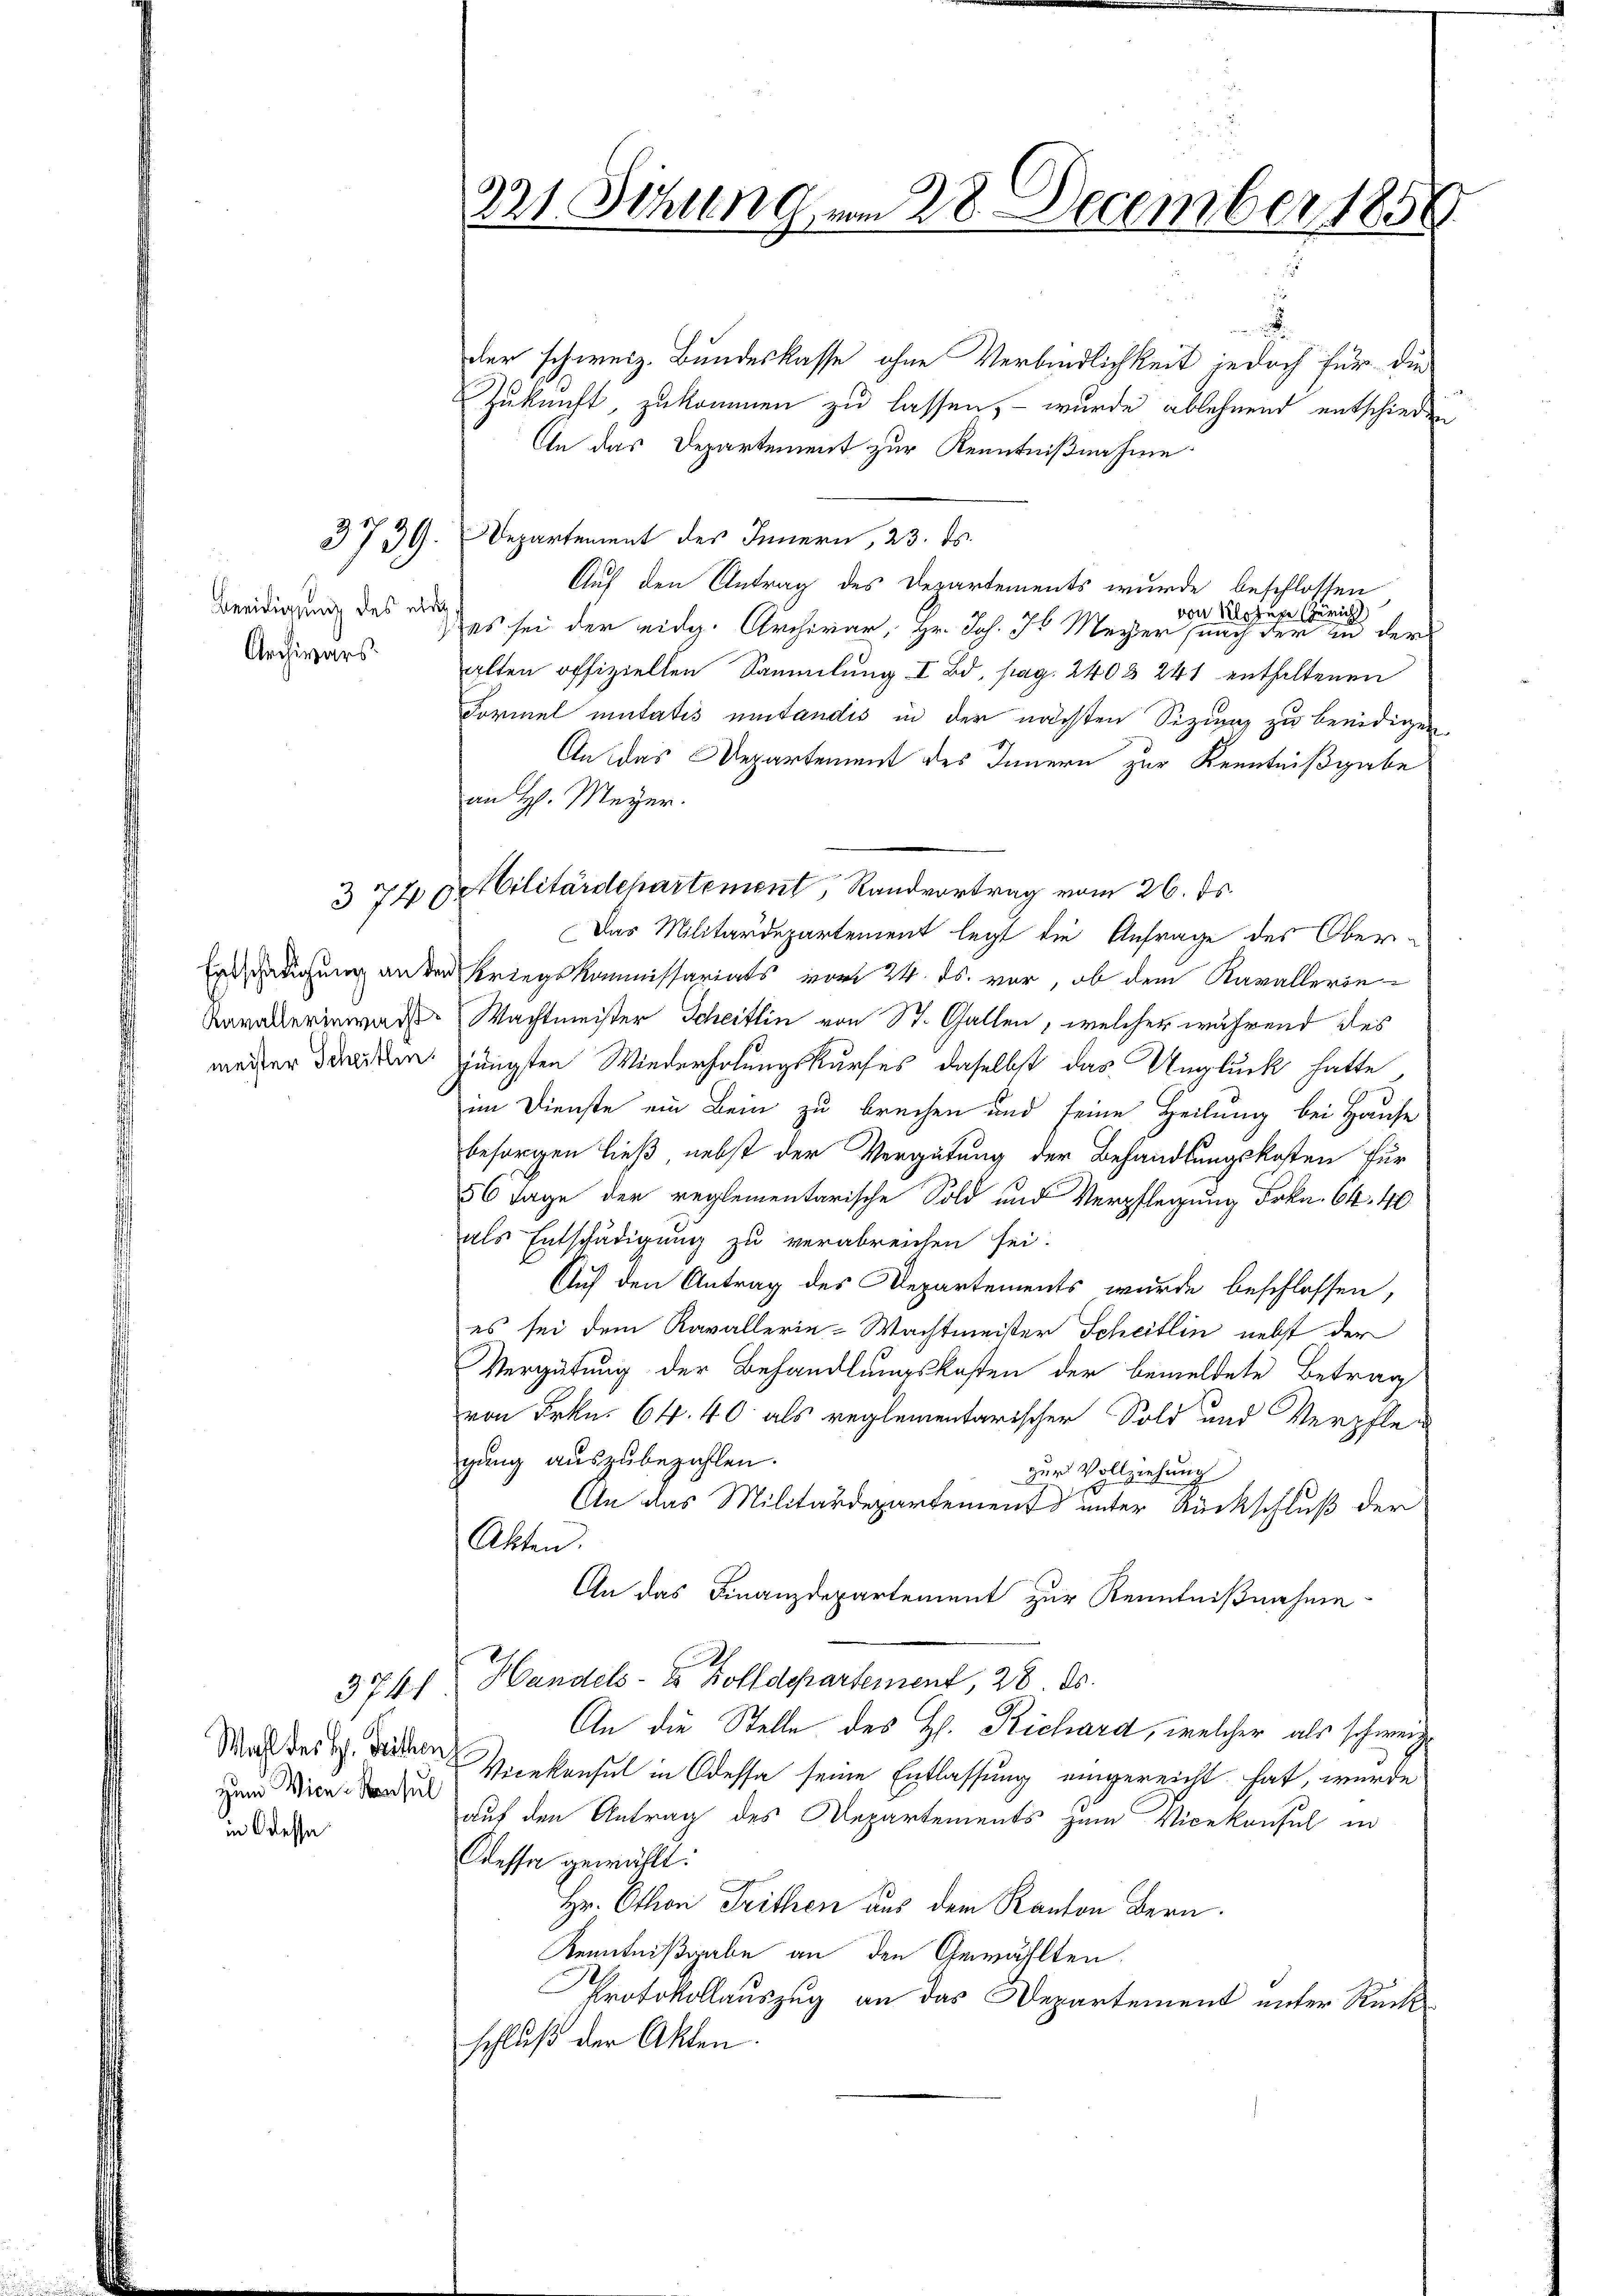
Beeidigung des einer¬
Archivars

meister Scheitlin.

Wahl des H. Seiten
zum Vice-Konsul
in Odessa

374

221. Schlung vom 28. December 185

.
der schweiz. Bundeskasse ohne Verbindlichkeit jedoch für die
Zukunft, zukommen zu lassen, – wurde ablehnend entschieden
An das Departement zur Kenntnißnahme
3739. Departement des Innern, 23. ds.
Auf den Antrag des Departements wurde beschlossen
von Rohese Züricht
 es sei der eidg. Archivar, Hr. Joh. K Meyer nach der zu der
alten offizielten Sammlung I Bd, pag. 240 § 241 enthaltenen
Formel mutatis umständis in der nächsten Sizuung zu beeidigen
An das Departement des Innern zur Kenntnißgabe
an H. Meyer.
de Cilitärdepartement, Randvortrag vom 26. ds.
Das Militärdepartement legt die Anfrage des Ober¬
Ertschädigung an der Kriegskommissariats vom 24. ds. vor, ob dem Kavallerin¬
Kavallerin war Wachtmeister Scheitlin von St. Gallen, welcher während des
jüngsten Wiederholungskurfes daselbst das Unglück hatte,
im Dienste ein Bein zu brechen und seine Heilung bei Hause
besorgen ließ nebst der Vergütung der Behandlungskosten für
56 Tage der reglementarische Sold und Verpflegung Frkn. 64. 40
als Entschädigung zu verabreichen sei.
Auf den Antrag des Departements wurde beschlossen,
es sei dem Ravallerie-Wachtmeister Scheitlin nebst der
Vergütung der Behandlungskosten der bemeldete Betrag
von Frkn. 64. 40 als reglementarischer Sold und Verpfle-
gung auszubezahlen.
zur Vollziehung
An das Militärdepartement unter Rückschluß der
Akten.
An das Finanzdepartement zur Kenntnißnahme
3741. Handels- u. Zolldepartement, 28. ds.
An die Stelle des H. Richard, welcher als schweize
Vicekonsul in Odessa seine Entlassung eingereicht hat, wurde
auf den Antrag des Departements zum Vicekonsul in
Cessa gewählt:
Hr. Othon Trithen aus dem Kanton Bern.
Kenntnißgabe an den Gewählten.
Protokollauszug an das Departement unter Rückschluß der Akten.